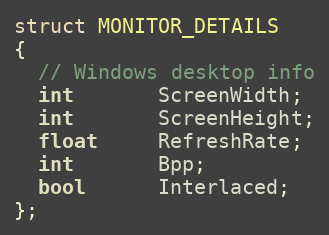
Language: C
struct MONITOR_DETAILS
{
  // Windows desktop info
  int       ScreenWidth;
  int       ScreenHeight;
  float     RefreshRate;
  int       Bpp;
  bool      Interlaced;
};